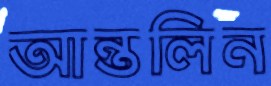
আন্তলিন